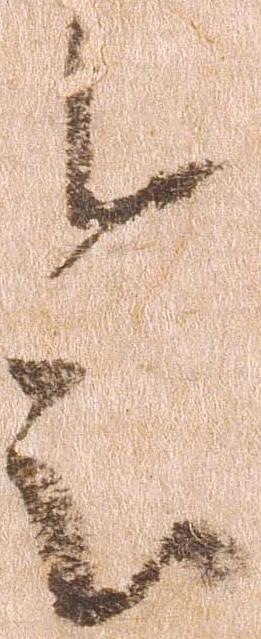
会